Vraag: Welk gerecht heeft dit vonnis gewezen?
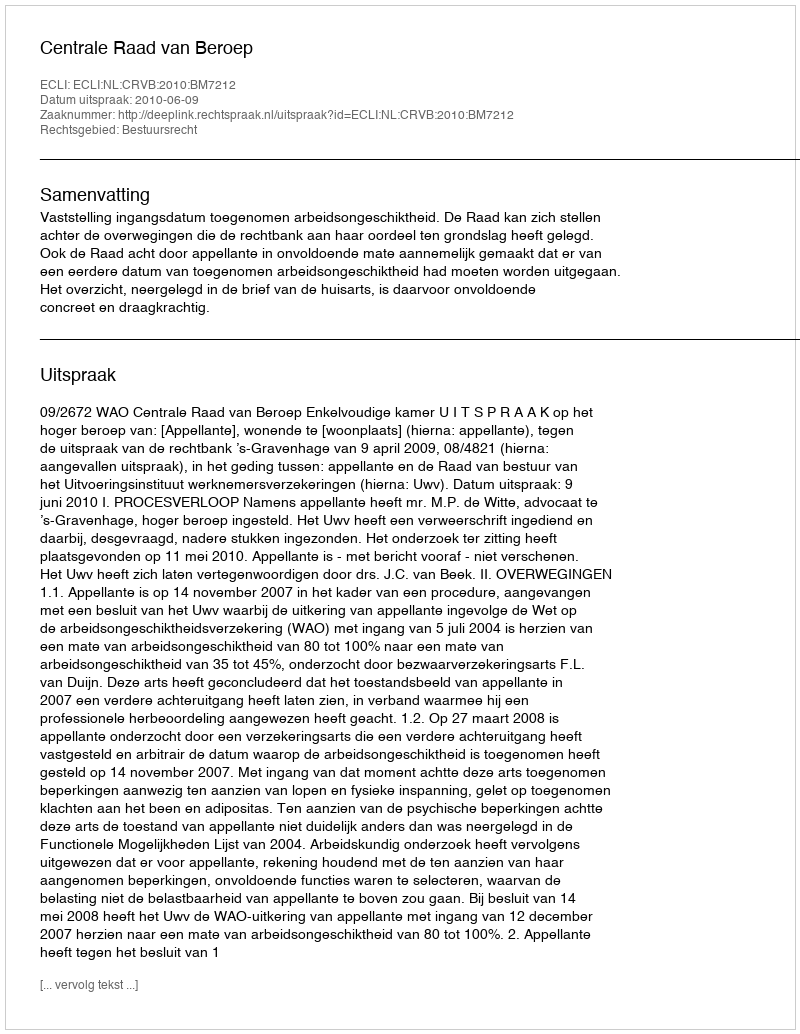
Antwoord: Centrale Raad van Beroep